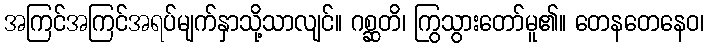
အကြင်အကြင်အရပ်မျက်နှာသို့သာလျင်။ ဂစ္ဆတိ၊ ကြွသွားတော်မူ၏။ တေနတေနေဝ၊